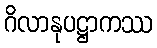
ဂိလာနုပဋ္ဌာကဿ